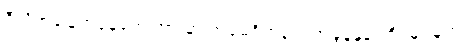
ဒီလိုအခြေအနေတွေကြားမှာ အမေရိကန်ရဲ့ အခွန်နှုန်းတိုးမြှင့်မှုက